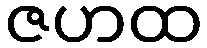
ဇဟထ